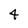
Character: 4